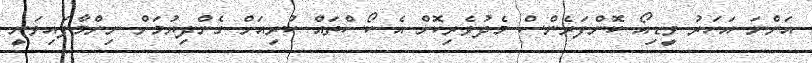
އަންނަ އަހަރު ވީޑިއޯ ކޮންފަރެންސް މެދުވެރިކޮށް އެ ކޯސްތައް ކުރިއަށް ގެންދިޔުމަށް ނިންމާފައިވަނީ